Vaccination Hyderabad 1872-1889 - 1872-1889
Year: 1872
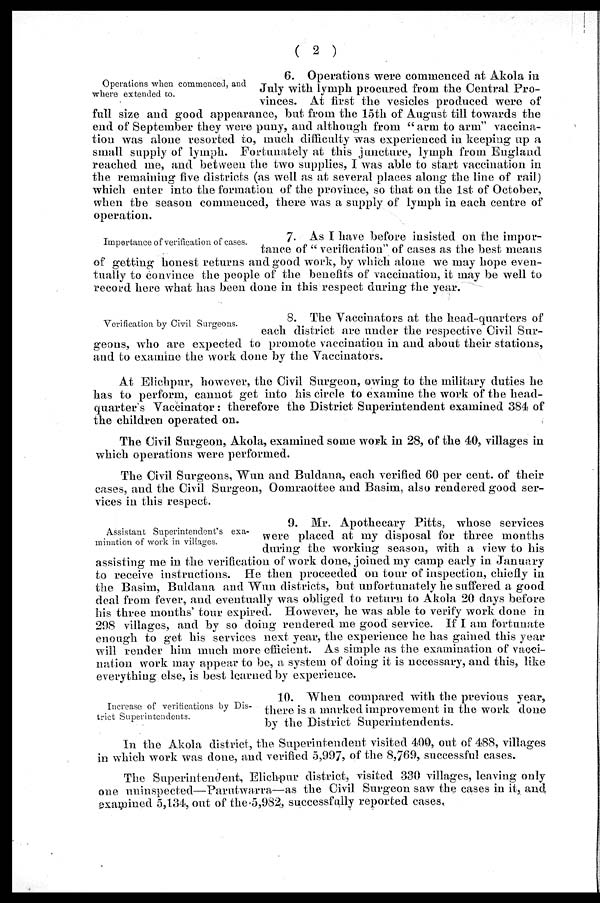
( 2 )
Operations when commenced, and
where extended to.
6. Operations were commenced at Akola in
July with lymph procured from the Central Pro-
vinces. At first the vesicles produced were of
full size and good appearance, but from the 15th of August till towards the
end of September they were puny, and although from "arm to arm" vaccina-
tion was alone resorted to, much difficulty was experienced in keeping up a
small supply of lymph. Fortunately at this juncture, lymph from England
reached me, and between the two supplies, I was able to start vaccination in
the remaining five districts (as well as at several places along the line of rail)
which enter into the formation of the province, so that on the 1st of October,
when the season commenced, there was a supply of lymph in each centre of
operation.
Importance of verification of cases.
7. As I have before insisted on the impor-
tance of " verification" of cases as the best means
of getting honest returns and good work, by which alone we may hope even-
tually to convince the people of the benefits of vaccination, it may be well to
record here what has been done in this respect during the year.
Verification by Civil Surgeons.
8. The Vaccinators at the head-quarters of
each district are under the respective Civil Sur-
geons, who are expected to promote vaccination in and about their stations,
and to examine the work done by the Vaccinators.
At Elichpur, however, the Civil Surgeon, owing to the military duties he
has to perform, cannot get into his circle to examine the work of the head-
quarter's Vaccinator: therefore the District Superintendent examined 384 of
the children operated on.
The Civil Surgeon, Akola, examined some work in 28, of the 40, villages in
which operations were performed.
The Civil Surgeons, Wun and Buldana, each verified 60 per cent. of their
cases, and the Civil Surgeon, Oomraottee and Basim, also rendered good ser-
vices in this respect.
Assistant Superintendent's exa-
mination of work in villages.
9. Mr. Apothecary Pitts, whose services
were placed at my disposal for three months
during the working season, with a view to his
assisting me in the verification of work done, joined my camp early in January
to receive instructions. He then proceeded on tour of inspection, chiefly in
the Basim, Buldana and Wun districts, but unfortunately he suffered a good
deal from fever, and eventually was obliged to return to Akola 20 days before
his three months' tour expired. However, he was able to verify work done in
298 villages, and by so doing rendered me good service. If I am fortunate
enough to get his services next year, the experience he has gained this year
will render him much more efficient. As simple as the examination of vacci-
nation work may appear to be, a system of doing it is necessary, and this, like
everything else, is best learned by experience.
Increase of verifications by Dis-
trict Superintendents.
10. When compared with the previous year,
there is a marked improvement in the work done
by the District Superintendents.
In the Akola district, the Superintendent visited 400, out of 488, villages
in which work was done, and verified 5,997, of the 8,769, successful cases.
The Superintendent, Elichpur district, visited 330 villages, leaving only
one uninspected—Parutwarra—as the Civil Surgeon saw the cases in it, and
examined 5,134, out of the 5,982, successfully reported cases.